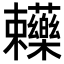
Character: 𧆄